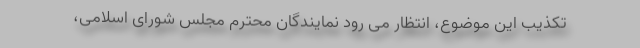
تکذیب این موضوع، انتظار می رود نمایندگان محترم مجلس شورای اسلامی،